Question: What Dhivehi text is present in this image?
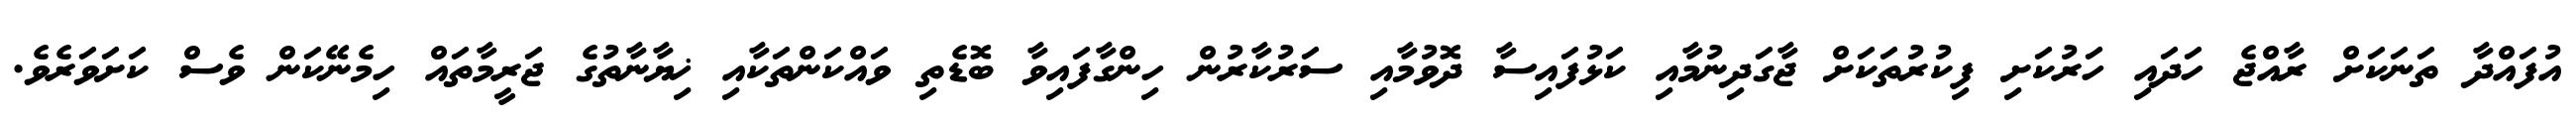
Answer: އުފައްދާ ތަނަކަށް ރާއްޖެ ހަދައި ހަރުކަށި ފިކުރުތަކަށް ޖާގަދިނުމާއި ކަޅުފައިސާ ދޮވުމާއި ސަރުކާރުން ހިންގާފައިވާ ބޮޑެތި ވައްކަންތަކާއި ޚިޔާނާތުގެ ޖަރީމާތައް ހިމެނޭކަން ވެސް ކަށަވަރެވެ.